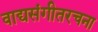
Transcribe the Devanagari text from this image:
वाद्यसंगीतरचना